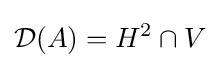
{\mathcal {D}}(A)=H^{2}\cap V